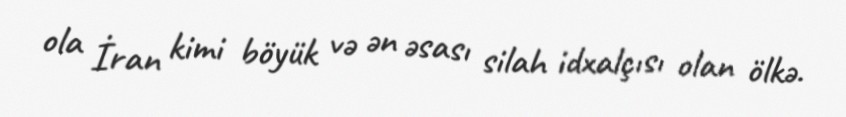
ola İran kimi böyük və ən əsası silah idxalçısı olan ölkə.